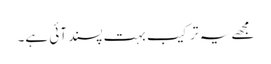
مجھے یہ ترکیب بہت پسند آئی ہے۔